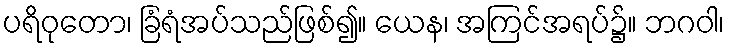
ပရိဝုတော၊ ခြံရံအပ်သည်ဖြစ်၍။ ယေန၊ အကြင်အရပ်၌။ ဘဂဝါ၊